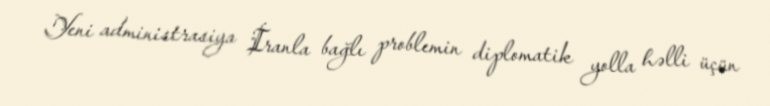
Yeni administrasiya İranla bağlı problemin diplomatik yolla həlli üçün